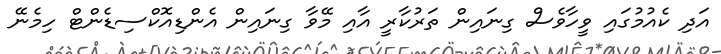
އަދި ކެއުމުގައި ވީހާވެސް ގިނައިން ތަރުކާރީ އާއި މޭވާ ގިނައިން އެންޑިއޮކްސިޑެންޓް ހިމެނޭ